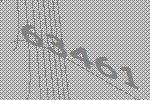
63461